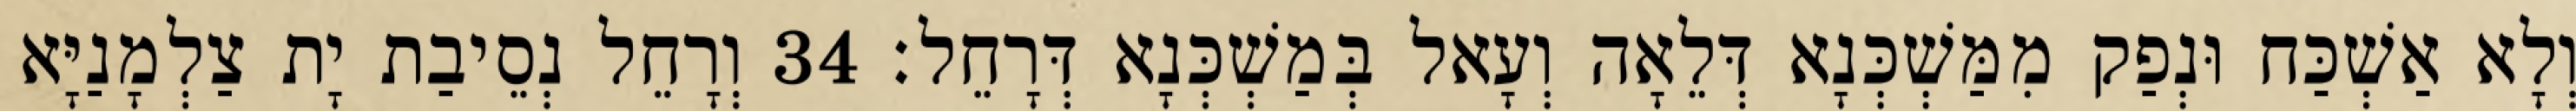
וְלָא אַשְׁכַּח וּנְפַק מִמַּשְׁכְּנָא דְּלֵאָה וְעָאל בְּמַשְׁכְּנָא דְּרָחֵל׃ 34 וְרָחֵל נְסֵיבַת יָת צַלְמָנַיָּא